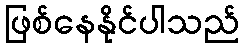
ဖြစ်နေနိုင်ပါသည်